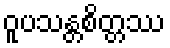
ဝူပသန္တစိတ္တဿ